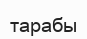
тарабы